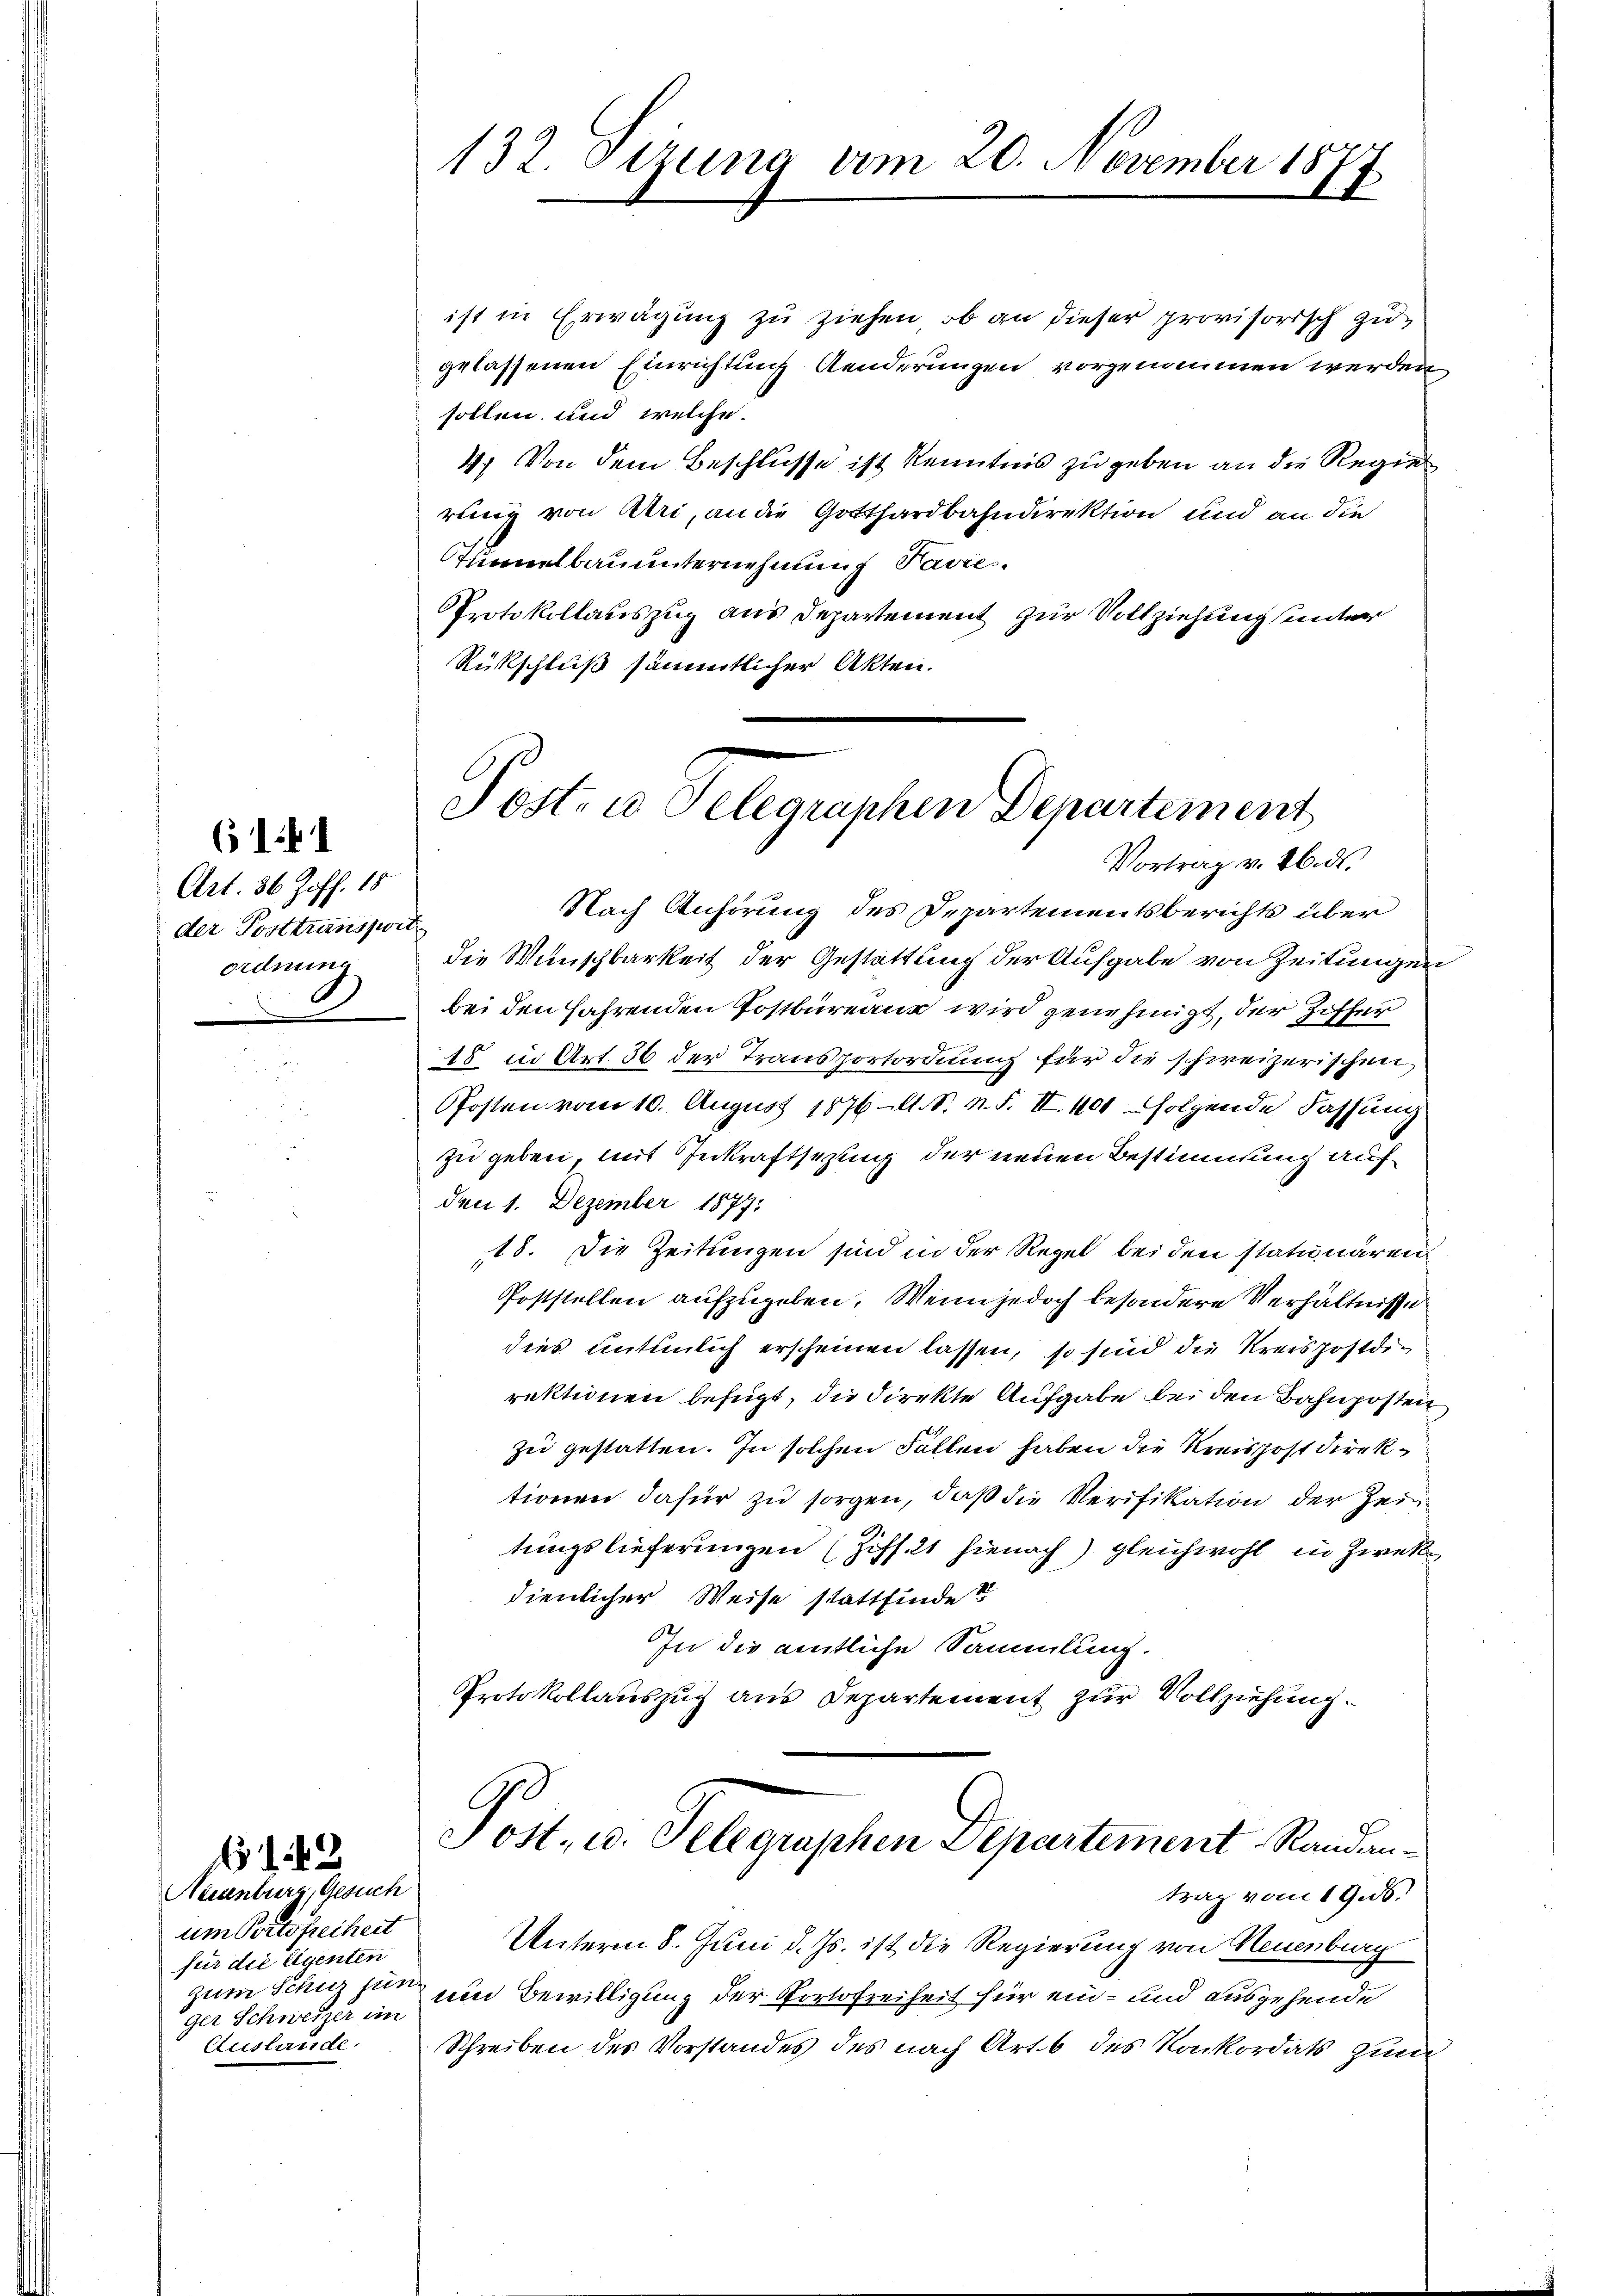
611

Art. 36 Joff. 18
der Posttranspit
ordnung

42

Neuenburg, Gesuch
um Portsfreiheit
für die Eigenten
ger Schweizer im
Auslande.

132. Sitzung am 20. November 187
2

ist in Erwägung zu ziehen, ob an dieser provisorisch zugelassenen Einrichtung Aenderungen vorgenommen werden
sollen und welche
4) Von dem Beschlüsse ist Kenntnis zu geben an die Regen
rung von Uri, an die Gotthardbahndirektion und an die
Tunnelbauunternehmung Pavie
Protokollauszug aus Departement zur Vollziehung unter
Rückschluß sämmtlicher Akten.

Nach Anhörung des Departementsberichts über
die Wunschbarkeit der Gestattung der Aufgabe von Zeitungen
bei den fahrenden Postbureau wird genehmigt, der Hoffen
18 in Art. 36 der Transportordnung für die schweizerischen,
Pfosten vom 10. August 1876 l. S. n. F. II. 401 folgende Fassung
zu geben, mit Inkraftsezung der neuen Bestimmung auf
den 1. Dezember 1877:
18. Die Zeitungen sind in der Regel bei den statunären
Poststellen aufzugeben. Wenn jedoch besondere Verhältnisse
dies untenlich erscheinen lassen, so sind die Kreispostdirektionen befugt, die direkte Aufgabe bei den Bahnposten
zei gestatten. In solchen Fallen haben die Kreispost Direktionen dafür zu sorgen, daß die Verifikation der Zei
tungslieferungen (Ziff. 21 hienach gleichwohl in Zwecke
dienlicher Weise stattfinde?
In die amtliche Sammlung.
Protokollauszug aus Departement zur Vollziehung.

Unterm 8. Juni d. Js. ist die Regierung von Neuenburg
zum Schutz sein ein Bewilligung der Portofreiheit für ein- und ausgehende
Schreiben des Vorstandes des nach Art. 6 des Konkordats zum

Post, u. Telegraphen Departement
Vortrag v. 26. ds.

Post- u. Telegraphen Departement Randantrag vom 19.ds.